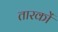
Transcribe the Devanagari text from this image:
तारकों